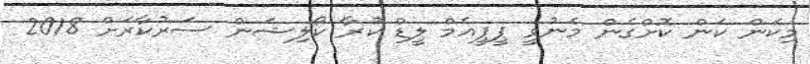
މިކަން ކަން ކޮށްގެން މެނުވީ ޕީޕީއެމް ލީޑް ކުރާ ކޯލިޝަން ސަރުކާރަށް 2018